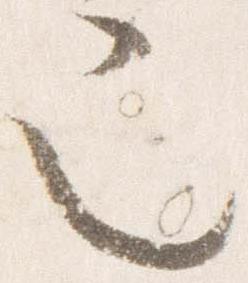
也